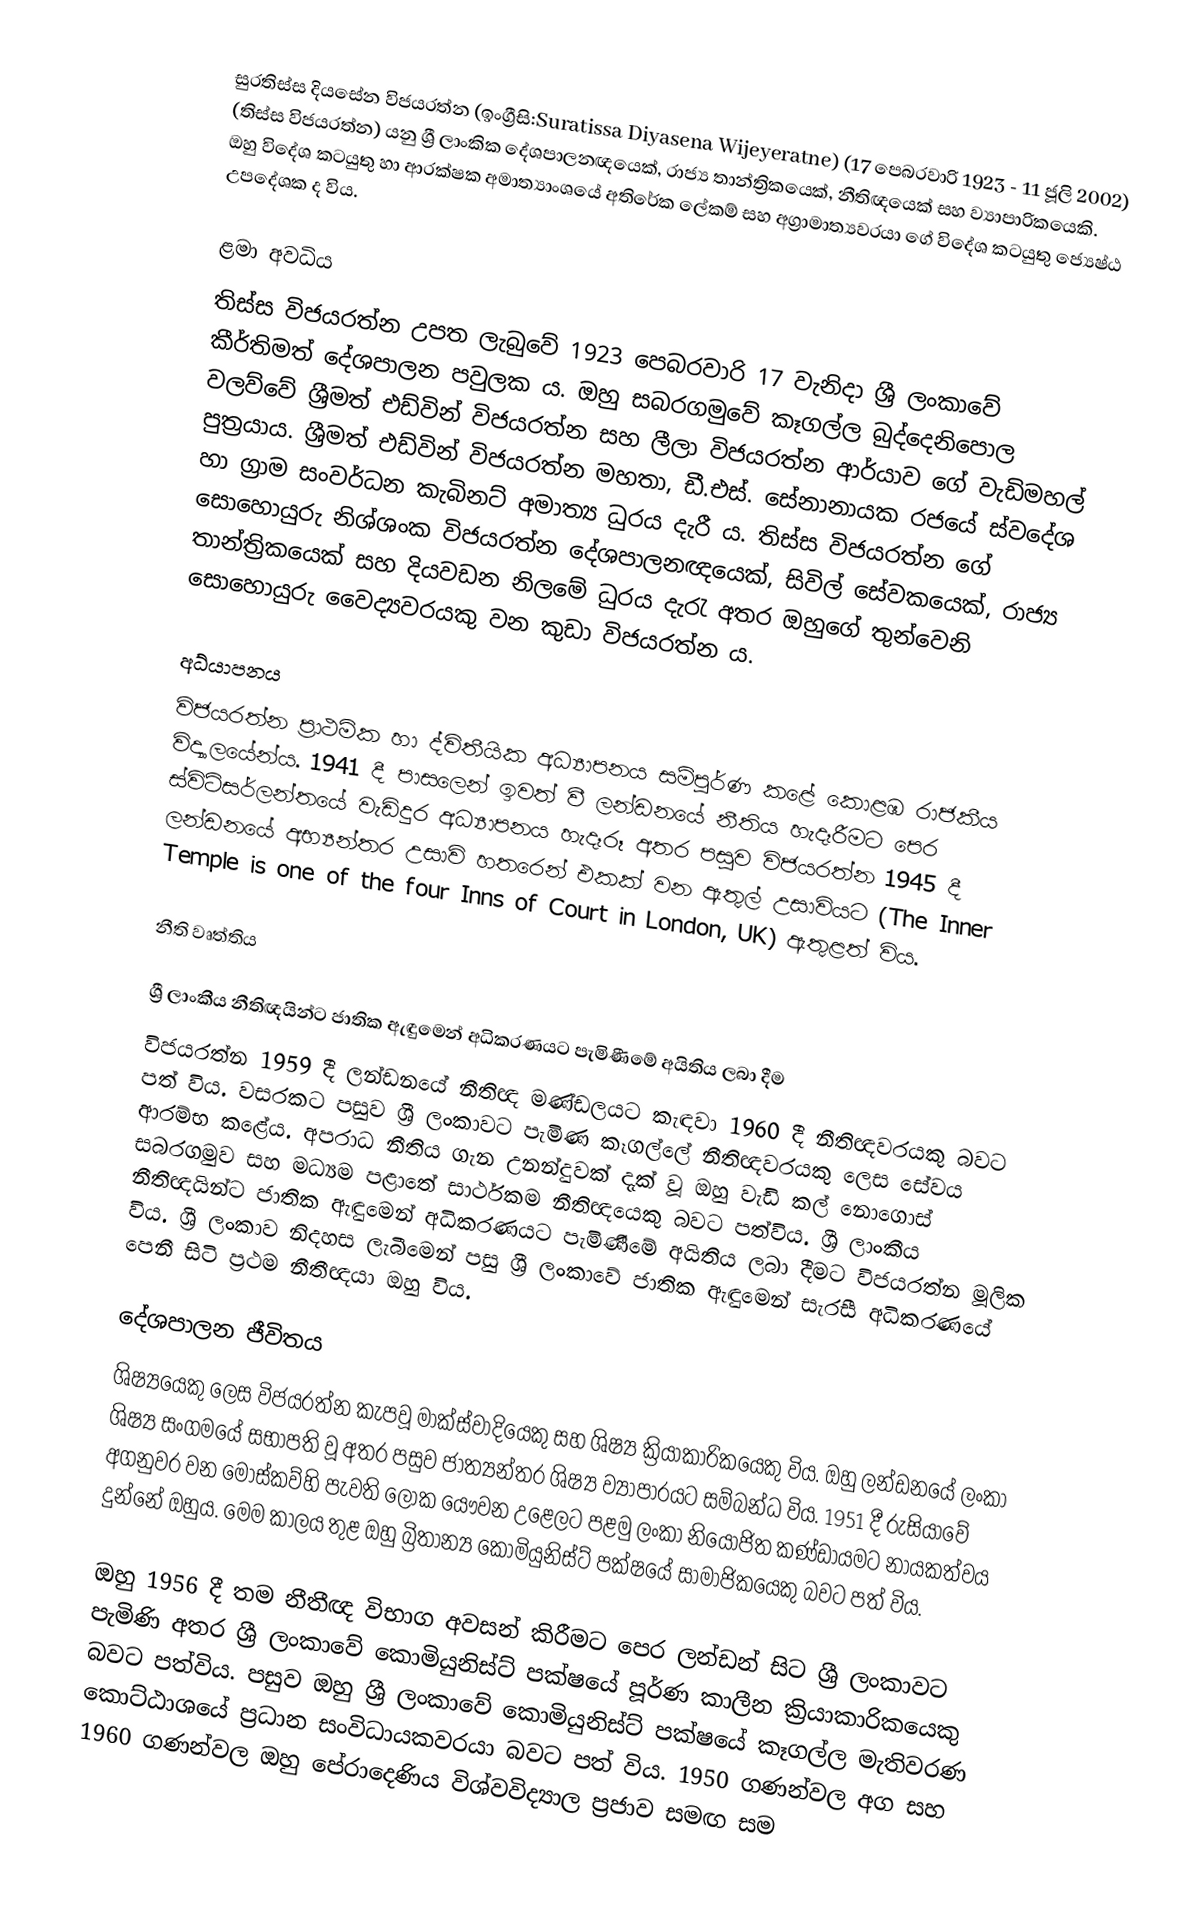
සුරතිස්ස දියසේන විජයරත්න (ඉංග්‍රීසි:Suratissa Diyasena Wijeyeratne) (17 පෙබරවාරි 1923 - 11 ජූලි 2002) (තිස්ස විජයරත්න) යනු ශ්‍රී ලාංකික දේශපාලනඥයෙක්, රාජ්‍ය තාන්ත්‍රිකයෙක්, නීතිඥයෙක් සහ ව්‍යාපාරිකයෙකි. ඔහු විදේශ කටයුතු හා ආරක්ෂක අමාත්‍යාංශයේ අතිරේක ලේකම් සහ අග්‍රාමාත්‍යවරයා ගේ විදේශ කටයුතු ජ්‍යෙෂ්ඨ උපදේශක ද විය.

ළමා අවධිය
තිස්ස විජයරත්න උපත ලැබුවේ 1923 පෙබරවාරි 17 වැනිදා ශ්‍රී ලංකාවේ කීර්තිමත් දේශපාලන පවුලක ය. ඔහු සබරගමුවේ කෑගල්ල බුද්දෙනිපොල වලව්වේ ශ්‍රීමත් එඩ්වින් විජයරත්න සහ ලීලා විජයරත්න ආර්යාව ගේ වැඩිමහල් පුත්‍රයාය. ශ්‍රීමත් එඩ්වින් විජයරත්න මහතා,  ඩී.එස්. සේනානායක රජයේ ස්වදේශ හා ග්‍රාම සංවර්ධන කැබිනට් අමාත්‍ය ධුරය දැරී ය. තිස්ස විජයරත්න ගේ සොහොයුරු නිශ්ශංක විජයරත්න දේශපාලනඥයෙක්, සිවිල් සේවකයෙක්, රාජ්‍ය තාන්ත්‍රිකයෙක් සහ දියවඩන නිලමේ ධුරය දැරැ අතර  ඔහුගේ තුන්වෙනි සොහොයුරු වෛද්‍යවරයකු වන කුඩා විජයරත්න ය.

අධ්යාපනය
විජයරත්න ප්‍රාථමික හා ද්විතීයික අධ්‍යාපනය සම්පූර්ණ කළේ  කොළඹ රාජකීය විද්‍යාලයේන්ය. 1941 දී පාසලෙන් ඉවත් වී ලන්ඩනයේ නීතිය හැදෑරීමට පෙර ස්විට්සර්ලන්තයේ වැඩිදුර අධ්‍යාපනය හැදෑරූ අතර පසුව විජයරත්න 1945 දී ලන්ඩනයේ අභ්‍යන්තර උසාවි හතරෙන් එකක් වන ඇතුල් උසාවියට (The Inner Temple is one of the four Inns of Court in London, UK)  ඇතුළත් විය.

නීති වෘත්තිය

ශ්‍රී ලාංකීය නීතිඥයින්ට ජාතික ඇඳුමෙන් අධිකරණයට පැමිණීමේ අයිතිය ලබා දීම
විජයරත්න 1959 දී ලන්ඩනයේ නීතිඥ මණ්‌ඩලයට කැඳවා 1960 දී නීතිඥවරයකු බවට පත් විය. වසරකට පසුව ශ්‍රී ලංකාවට පැමිණ කෑගල්ලේ නීතිඥවරයකු ලෙස සේවය ආරම්භ කළේය. අපරාධ නීතිය ගැන උනන්දුවක් දැක් වූ ඔහු වැඩි කල් නොගොස් සබරගමුව සහ මධ්‍යම පළාතේ සාර්ථකම නීතිඥයෙකු බවට පත්විය. ශ්‍රී ලාංකීය නීතිඥයින්ට ජාතික ඇඳුමෙන් අධිකරණයට පැමිණීමේ අයිතිය ලබා දීමට විජයරත්න මූලික විය. ශ්‍රී ලංකාව නිදහස ලැබීමෙන් පසු ශ්‍රී ලංකාවේ ජාතික ඇඳුමෙන් සැරසී අධිකරණයේ පෙනී සිටි ප්‍රථම නීතීඥයා ඔහු විය.

දේශපාලන ජීවිතය
ශිෂ්‍යයෙකු ලෙස විජයරත්න කැපවූ මාක්ස්වාදියෙකු සහ ශිෂ්‍ය ක්‍රියාකාරිකයෙකු විය. ඔහු ලන්ඩනයේ ලංකා ශිෂ්‍ය සංගමයේ සභාපති වූ අතර පසුව ජාත්‍යන්තර ශිෂ්‍ය ව්‍යාපාරයට සම්බන්ධ විය. 1951 දී රුසියාවේ අගනුවර වන මොස්කව්හි  පැවති ලෝක යෞවන උළෙලට පළමු ලංකා නියෝජිත කණ්ඩායමට නායකත්වය දුන්නේ ඔහුය. මෙම කාලය තුළ ඔහු බ්‍රිතාන්‍ය කොමියුනිස්ට් පක්ෂයේ සාමාජිකයෙකු බවට පත් විය.

ඔහු 1956 දී තම නීතීඥ විභාග අවසන් කිරීමට පෙර ලන්ඩන් සිට ශ්‍රී ලංකාවට පැමිණි අතර ශ්‍රී ලංකාවේ කොමියුනිස්ට් පක්ෂයේ පූර්ණ කාලීන ක්‍රියාකාරිකයෙකු බවට පත්විය. පසුව ඔහු ශ්‍රී ලංකාවේ කොමියුනිස්ට් පක්ෂයේ කෑගල්ල මැතිවරණ කොට්ඨාශයේ ප්‍රධාන සංවිධායකවරයා බවට පත් විය. 1950 ගණන්වල අග සහ 1960 ගණන්වල ඔහු  පේරාදෙණිය‍ විශ්වවිද්‍යාල ප්‍රජාව සමඟ සම